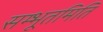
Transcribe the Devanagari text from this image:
सम्भूतमिति